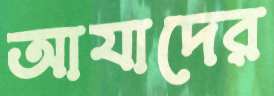
আযাদের